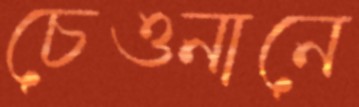
চেওনানে